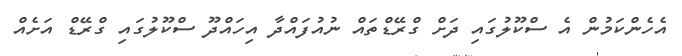
އެހެންކަމުން އެ ސްކޫލުގައި ދަށް ގްރޭޑްތައް ނުއުފައްދާ އިހައްދޫ ސްކޫލުގައި ގްރޭޑް އަށެއް